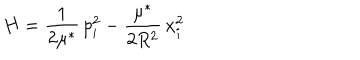
H = \frac { 1 } { 2 \mu ^ { * } } \, p _ { i } ^ { 2 } - \frac { \mu ^ { * } } { 2 R ^ { 2 } } \, x _ { i } ^ { 2 }